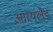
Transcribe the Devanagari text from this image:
आरयलैंड